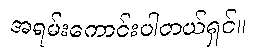
အရမ်းကောင်းပါတယ်ရှင်။